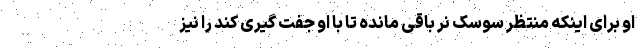
او برای اینکه منتظر سوسک نر باقی مانده تا با او جفت گیری کند را نیز